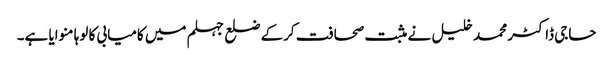
حاجی ڈاکٹر محمد خلیل نے مثبت صحافت کرکے ضلع جہلم میں کامیابی کا لوہا منوایا ہے۔